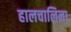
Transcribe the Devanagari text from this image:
हालचालिना